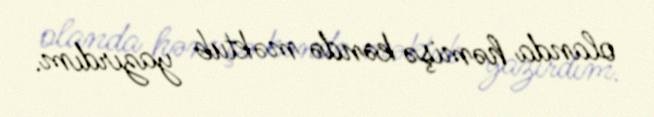
olanda həmişə kəndə məktub yazırdım.